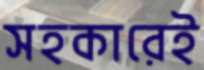
সহকারেই